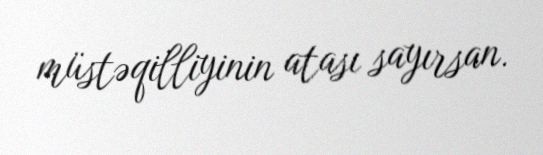
müstəqilliyinin atası sayırsan.